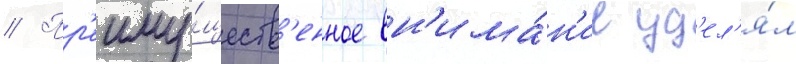
// Пр'еиму́ществ'енное вн'има́н'ие уд'ел'я́л